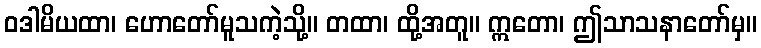
ဝဒါမိယထာ၊ ဟောတော်မူသကဲ့သို့။ တထာ၊ ထို့အတူ။ ဣတော၊ ဤသာသနာတော်မှ။